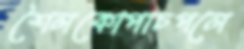
শৈলকোপাচপলে